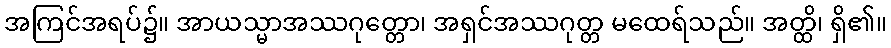
အကြင်အရပ်၌။ အာယသ္မာအဿဂုတ္တော၊ အရှင်အဿဂုတ္တ မထေရ်သည်။ အတ္ထိ၊ ရှိ၏။